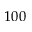
1 0 0